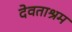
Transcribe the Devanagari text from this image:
देवताश्रम